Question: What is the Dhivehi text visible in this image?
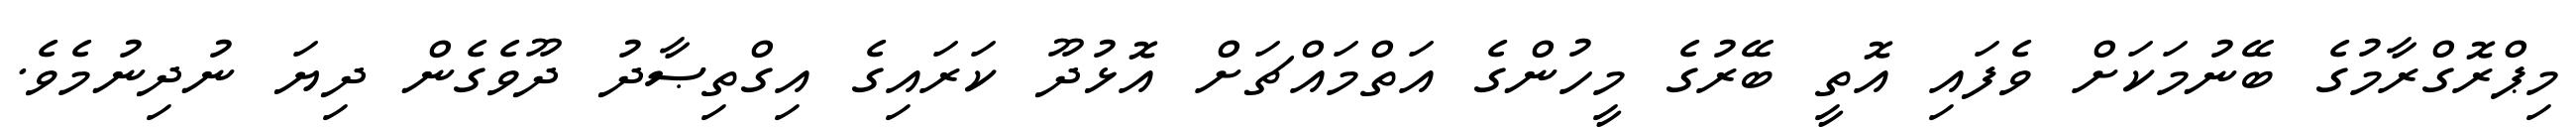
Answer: މިޕްރޮގްރާމުގެ ބޭނުމަކަށް ވެފައި އޮތީ ބޭރުގެ މީހުންގެ އަތްމައްޗަށް އޮޅުދޫ ކަރައިގެ އިގްތިޞާދު ދޫވެގެން ދިޔަ ނުދިނުމެވެ.